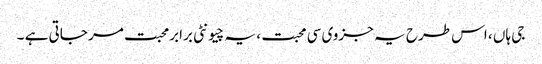
جی ہاں ، اس طرح یہ جزوی سی محبت ، یہ چیونٹی برابرمحبت مر جاتی ہے ۔